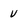
Character: v